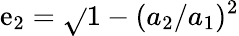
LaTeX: \mathrm{e}_{2}=\sqrt{}{{1-(a_{2}/a_{1})^{2}}}